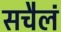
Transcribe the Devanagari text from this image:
सचैलं